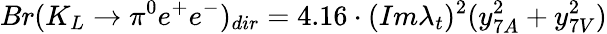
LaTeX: Br(K_{L}\to\pi^{0}e^{+}e^{-})_{dir}=4.16\cdot(Im\lambda_{t})^{2}(y_{7A}^{2}+y_{7V}^{2})